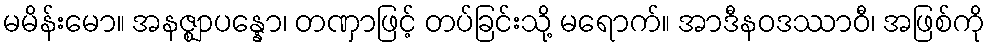
မမိန်းမော။ အနဇ္ဈာပန္နော၊ တဏှာဖြင့် တပ်ခြင်းသို့ မရောက်။ အာဒီနဝဒဿာဝီ၊ အဖြစ်ကို